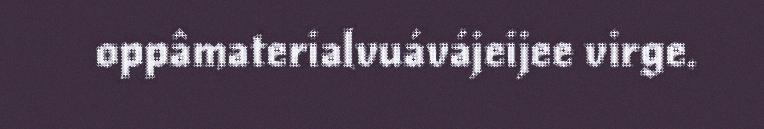
oppâmaterialvuávájeijee virge.